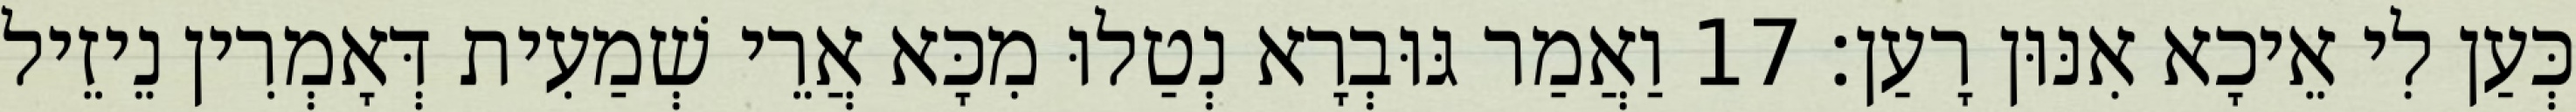
כְּעַן לִי אֵיכָא אִנּוּן רָעַן׃ 17 וַאֲמַר גּוּבְרָא נְטַלוּ מִכָּא אֲרֵי שְׁמַעִית דְּאָמְרִין נֵיזֵיל